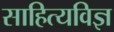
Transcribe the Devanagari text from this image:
साहित्यविज्ञ